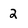
Character: 2